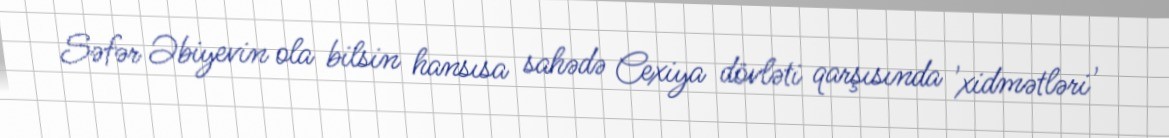
Səfər Əbiyevin ola bilsin hansısa sahədə Cexiya dövləti qarşısında 'xidmətləri'